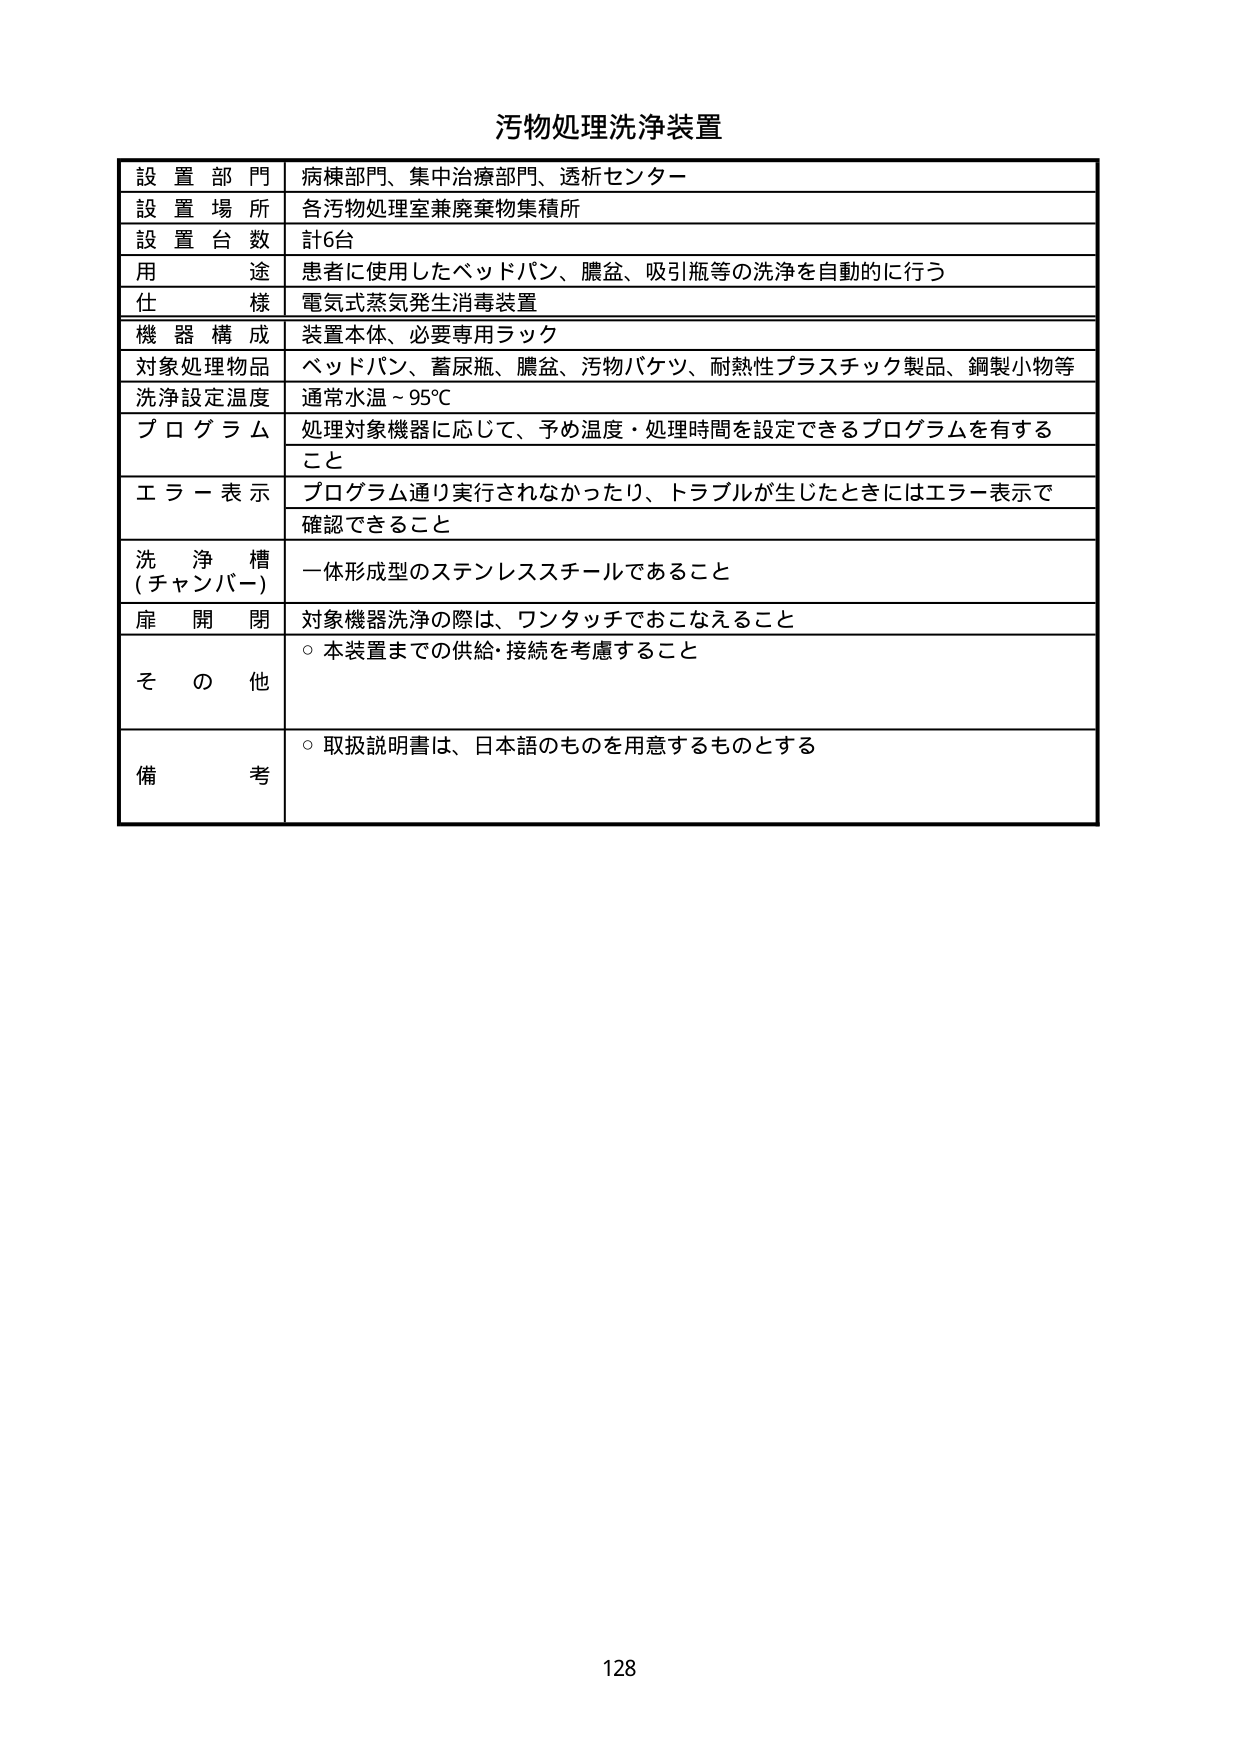
汚物処理洗浄装置

設置部門 病棟部門、集中治療部門、透析センター
設置場所 各汚物処理室兼廃棄物集積所
設置台数 計6台
用途 患者に使用したベッドパン、膿盆、吸引瓶等の洗浄を自動的に行う
仕様 電気式蒸気発生消毒装置
機器構成 装置本体、必要専用ラック
対象処理物品 ベッドパン、蓄尿瓶、膿盆、汚物バケツ、耐熱性プラスチック製品、鋼製小物等
洗浄設定温度 通常水温～95℃
プログラム 処理対象機器に応じて、予め温度・処理時間を設定できるプログラムを有すること
エラー表示 プログラム通り実行されなかったり、トラブルが生じたときにはエラー表示で確認できること
洗浄槽（チャンバー） 一体形成型のステンレススチールであること
扉開閉 対象機器洗浄の際は、ワンタッチでおこなえること
その他 ○本装置までの供給・接続を考慮すること
備考 ○取扱説明書は、日本語のものを用意するものとする

128